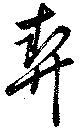
契